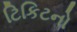
ટિકિટનો